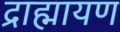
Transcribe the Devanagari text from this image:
द्राह्मायण